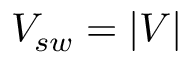
V _ { s w } = | \boldsymbol { V } |